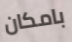
بامكان